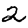
Digit: 2